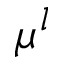
\mu ^ { l }